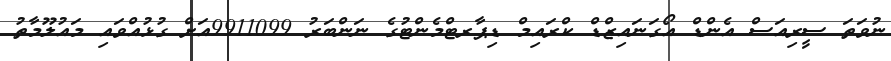
ނުވަތަ ސީރިއަސް އެންޑް އޯގަނައިޒްޑް ކްރައިމް ޑިޕާރޓްމެންޓުގެ ނަންބަރު 9911099އަށް ގުޅުއްވައި މައުލޫމާތު